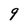
Character: 9